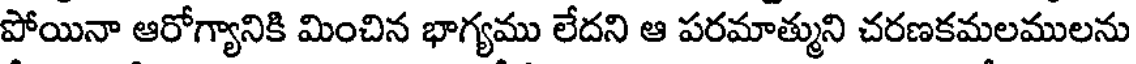
పోయినా ఆరోగ్యానికి మించిన భాగ్యము లేదని ఆ పరమాత్ముని చరణకమలములను